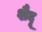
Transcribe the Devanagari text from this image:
शैदू